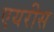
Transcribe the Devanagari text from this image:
एयरीस